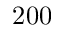
2 0 0